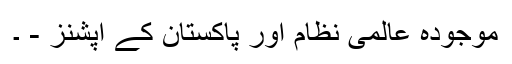
موجودہ عالمی نظام اور پاکستان کے آپشنز - ۔